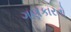
ગણકારતો